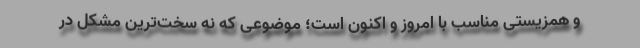
و همزیستی مناسب با امروز و اکنون است؛ موضوعی که نه سخت‌ترین مشکل در